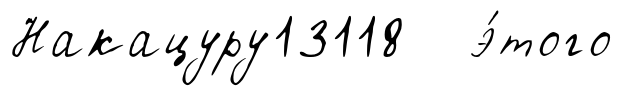
Накацуру13118 э́того